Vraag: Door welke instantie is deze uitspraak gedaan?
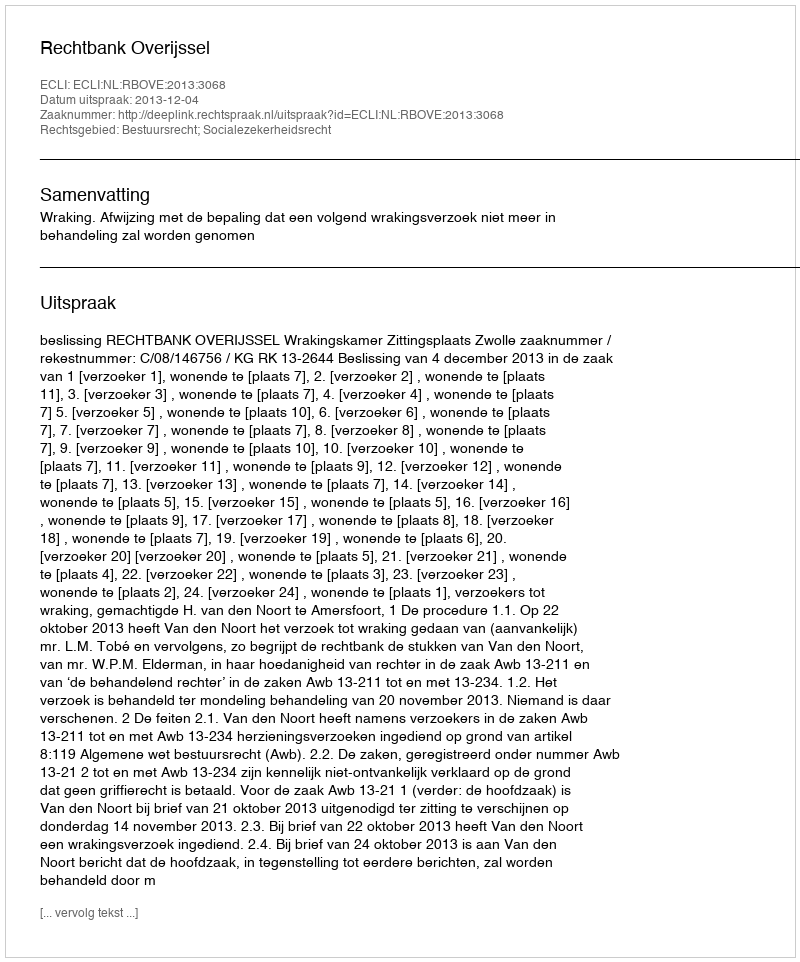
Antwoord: Rechtbank Overijssel